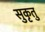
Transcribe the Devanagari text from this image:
सुकृतु